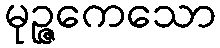
မုဉ္ဇကေသော